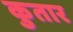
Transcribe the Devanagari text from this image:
कुतार